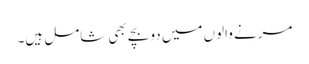
مرنے والوں میں دو بچے بھی شامل ہیں۔